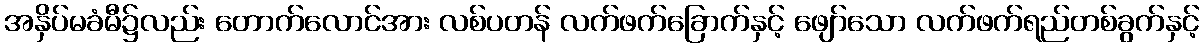
အနှိပ်မခံမီ၌လည်း တောက်လောင်အား လစ်ပတန် လက်ဖက်ခြောက်နှင့် ဖျော်သော လက်ဖက်ရည်တစ်ခွက်နှင့်